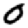
Digit: 0